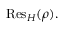
{ \mathrm { R e s } } _ { H } ( \rho ) .